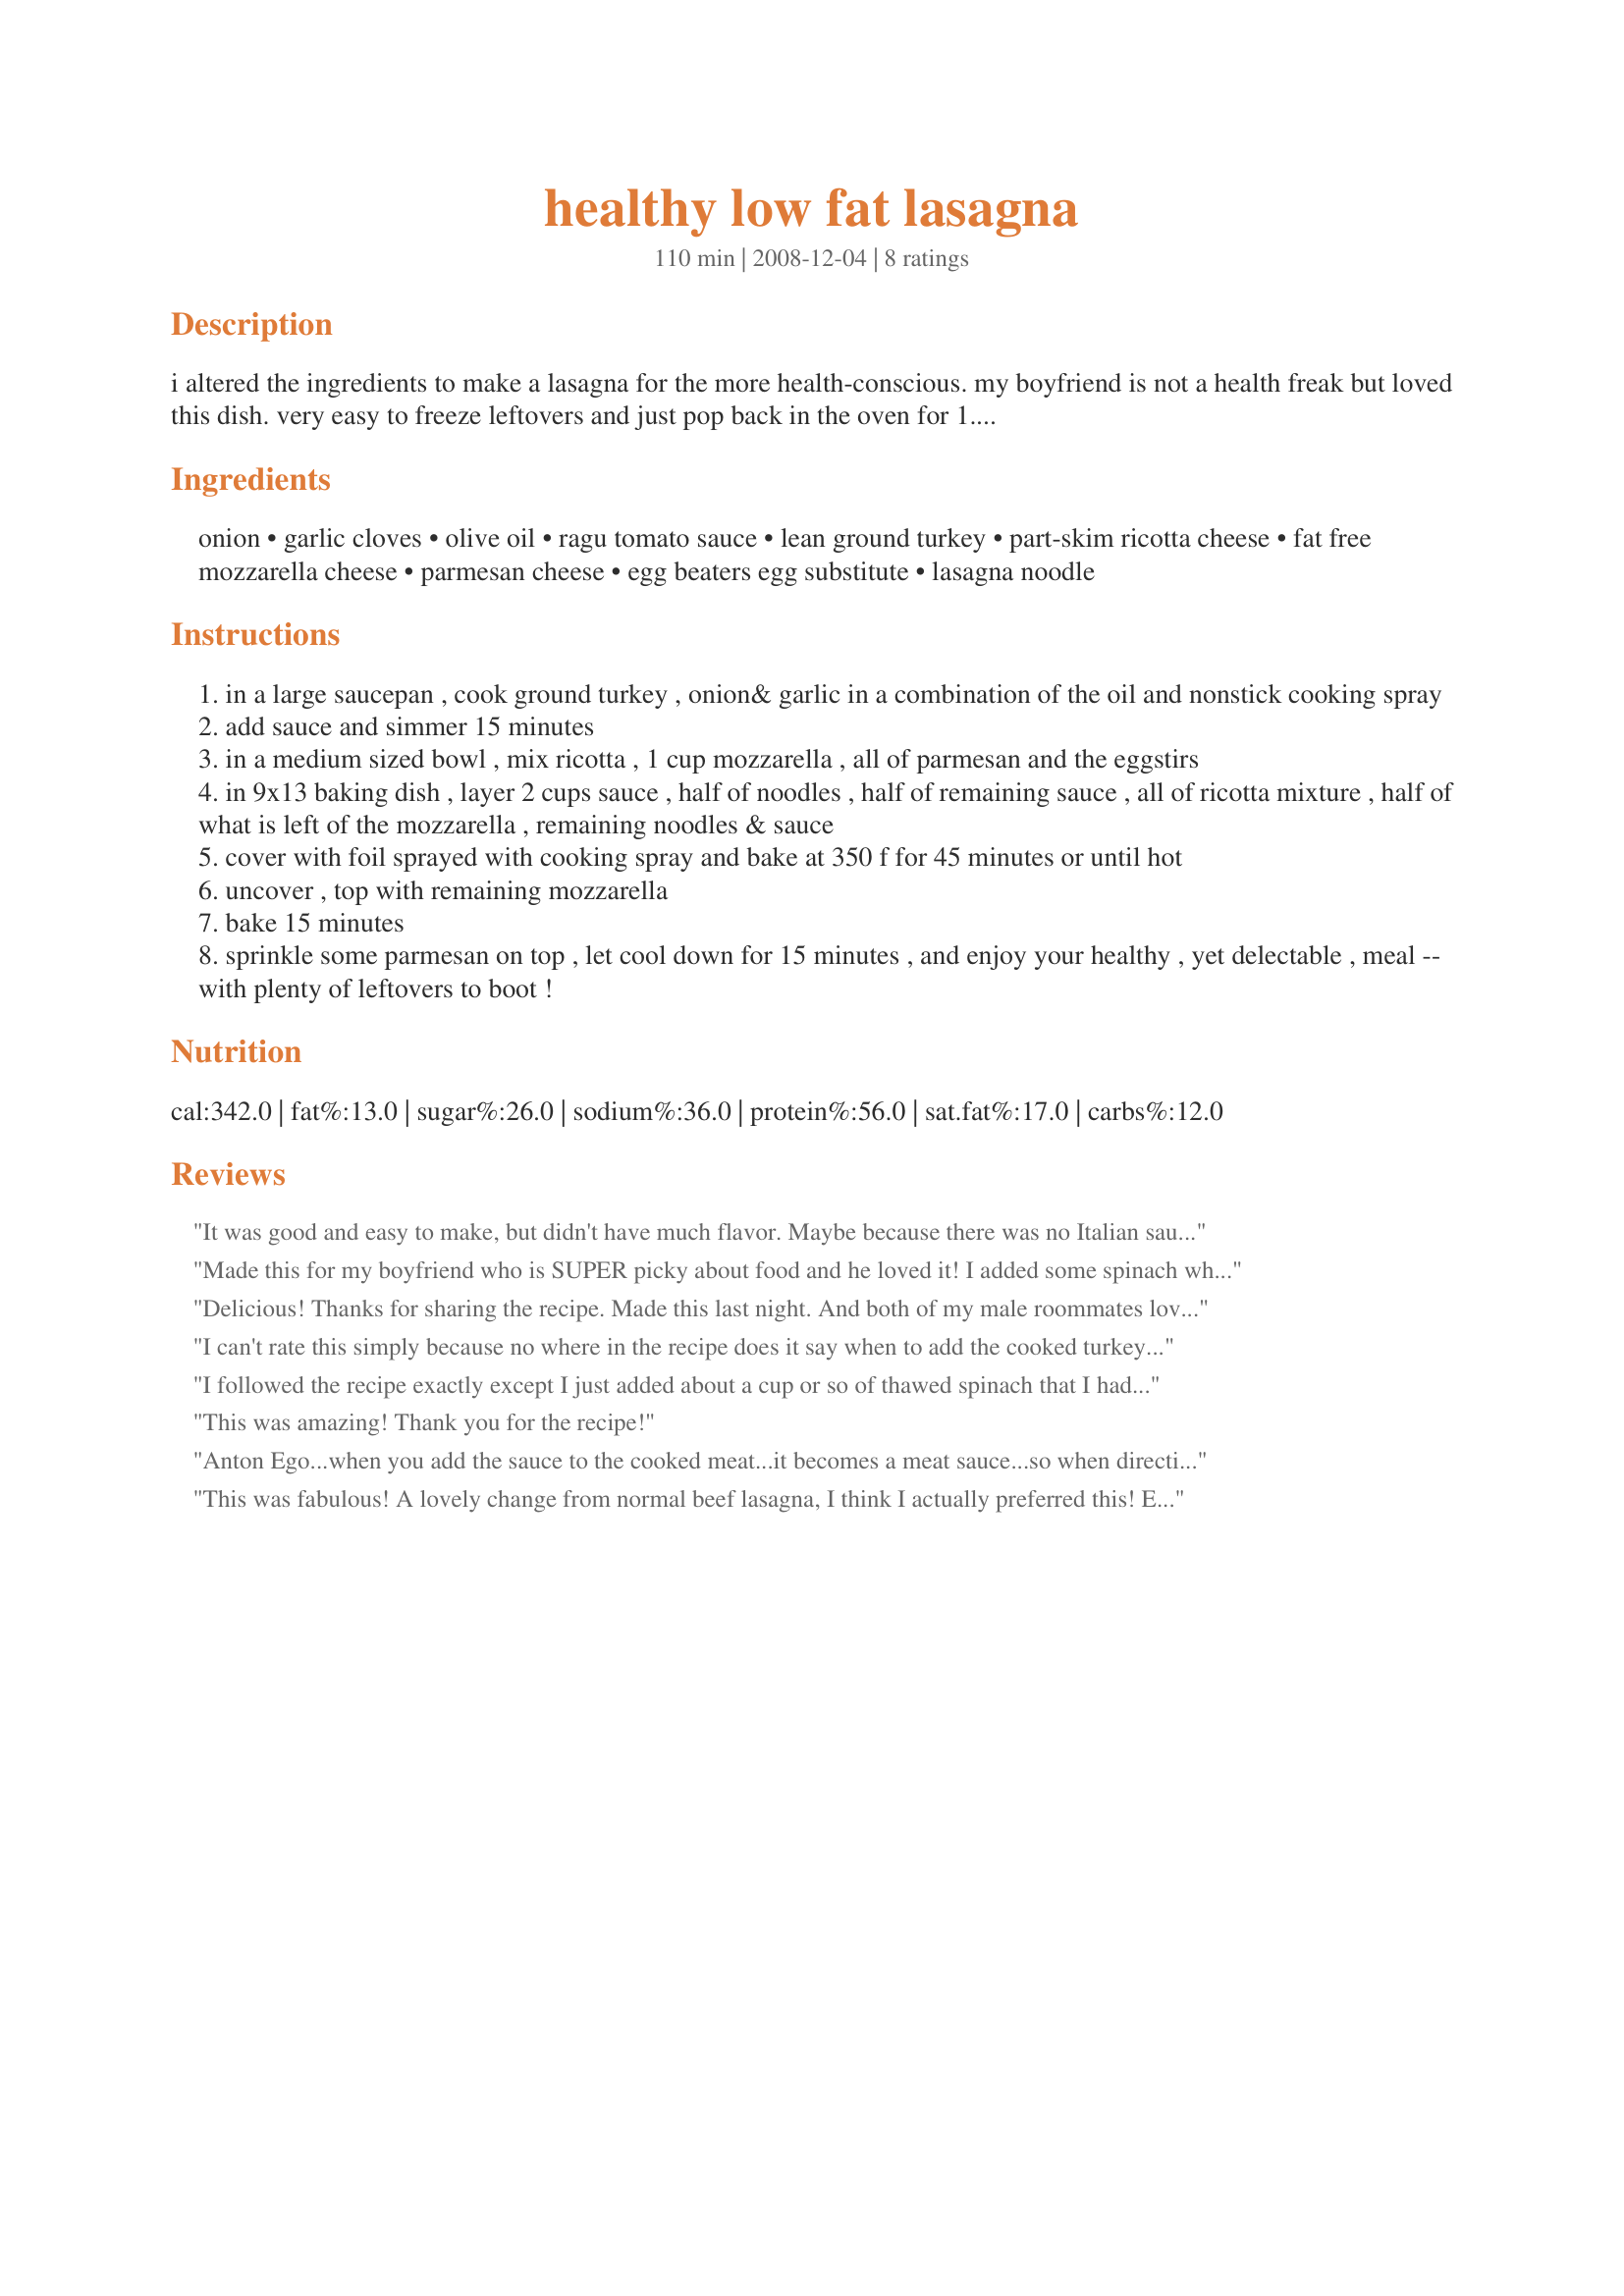
healthy low fat lasagna
Preparation time: 110 minutes

i altered the ingredients to make a lasagna for the more health-conscious. my boyfriend is not a health freak but loved this dish. very easy to freeze leftovers and just pop back in the oven for 1.5 hours when you want to have it again for dinner. let me know what you think! --_^

Ingredients:
onion, garlic cloves, olive oil, ragu tomato sauce, lean ground turkey, part-skim ricotta cheese, fat free mozzarella cheese, parmesan cheese, egg beaters egg substitute, lasagna noodle

Steps:
in a large saucepan , cook ground turkey , onion& garlic in a combination of the oil and nonstick cooking spray
add sauce and simmer 15 minutes
in a medium sized bowl , mix ricotta , 1 cup mozzarella , all of parmesan and the eggstirs
in 9x13 baking dish , layer 2 cups sauce , half of noodles , half of remaining sauce , all of ricotta mixture , half of what is left of the mozzarella , remaining noodles & sauce
cover with foil sprayed with cooking spray and bake at 350 f for 45 minutes or until hot
uncover , top with remaining mozzarella
bake 15 minutes
sprinkle some parmesan on top , let cool down for 15 minutes , and enjoy your healthy , yet delectable , meal -- with plenty of leftovers to boot !

Reviews:
It was good and easy to make, but didn't have much flavor. Maybe because there was no Italian sausage in it. I buy chicken Italian sausage from Trader Joes and it is really good! Maybe I will try that next.
Made this for my boyfriend who is SUPER picky about food and he loved it! I added some spinach when browning the meet and it was a great addition!
Delicious! Thanks for sharing the recipe. Made this last night. And both of my male roommates loved it, and had no idea I made a healthy version! Well done!
I can't rate this simply because no where in the recipe does it say when to add the cooked turkey. If you follow directions you will end up with a 9x13 pan full of cheese and sauce and a skillet with cooked turkey. I have not figured out how this makes lasagna.
I followed the recipe exactly except I just added about a cup or so of thawed spinach that I had in the fridge. dd loved it and there was none left. It was so easy to put together and I'll make it for a pot-luck dinner next month.
This was amazing! Thank you for the recipe!
Anton Ego...when you add the sauce to the cooked meat...it becomes a meat sauce...so when directions say to add sauce...the meat is in it.
This was fabulous! A lovely change from normal beef lasagna, I think I actually preferred this! Easy to make and tastes great. Definitely making this again!
